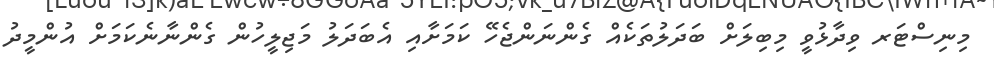
މިނިސްޓަރ ވިދާޅުވީ މިބިލަށް ބަދަލުތަކެއް ގެންނަންޖެހޭ ކަމަށާއި އެބަދަލު މަޖިލީހުން ގެންނާނެކަމަށް އުންމީދު